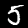
Digit: 5